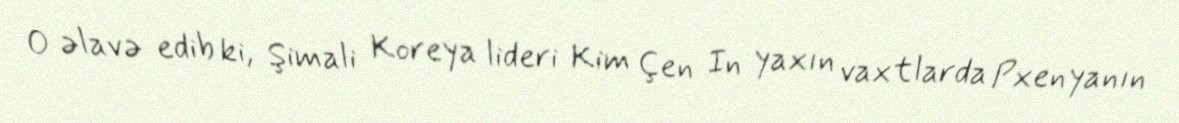
O əlavə edib ki, Şimali Koreya lideri Kim Çen In yaxın vaxtlarda Pxenyanın